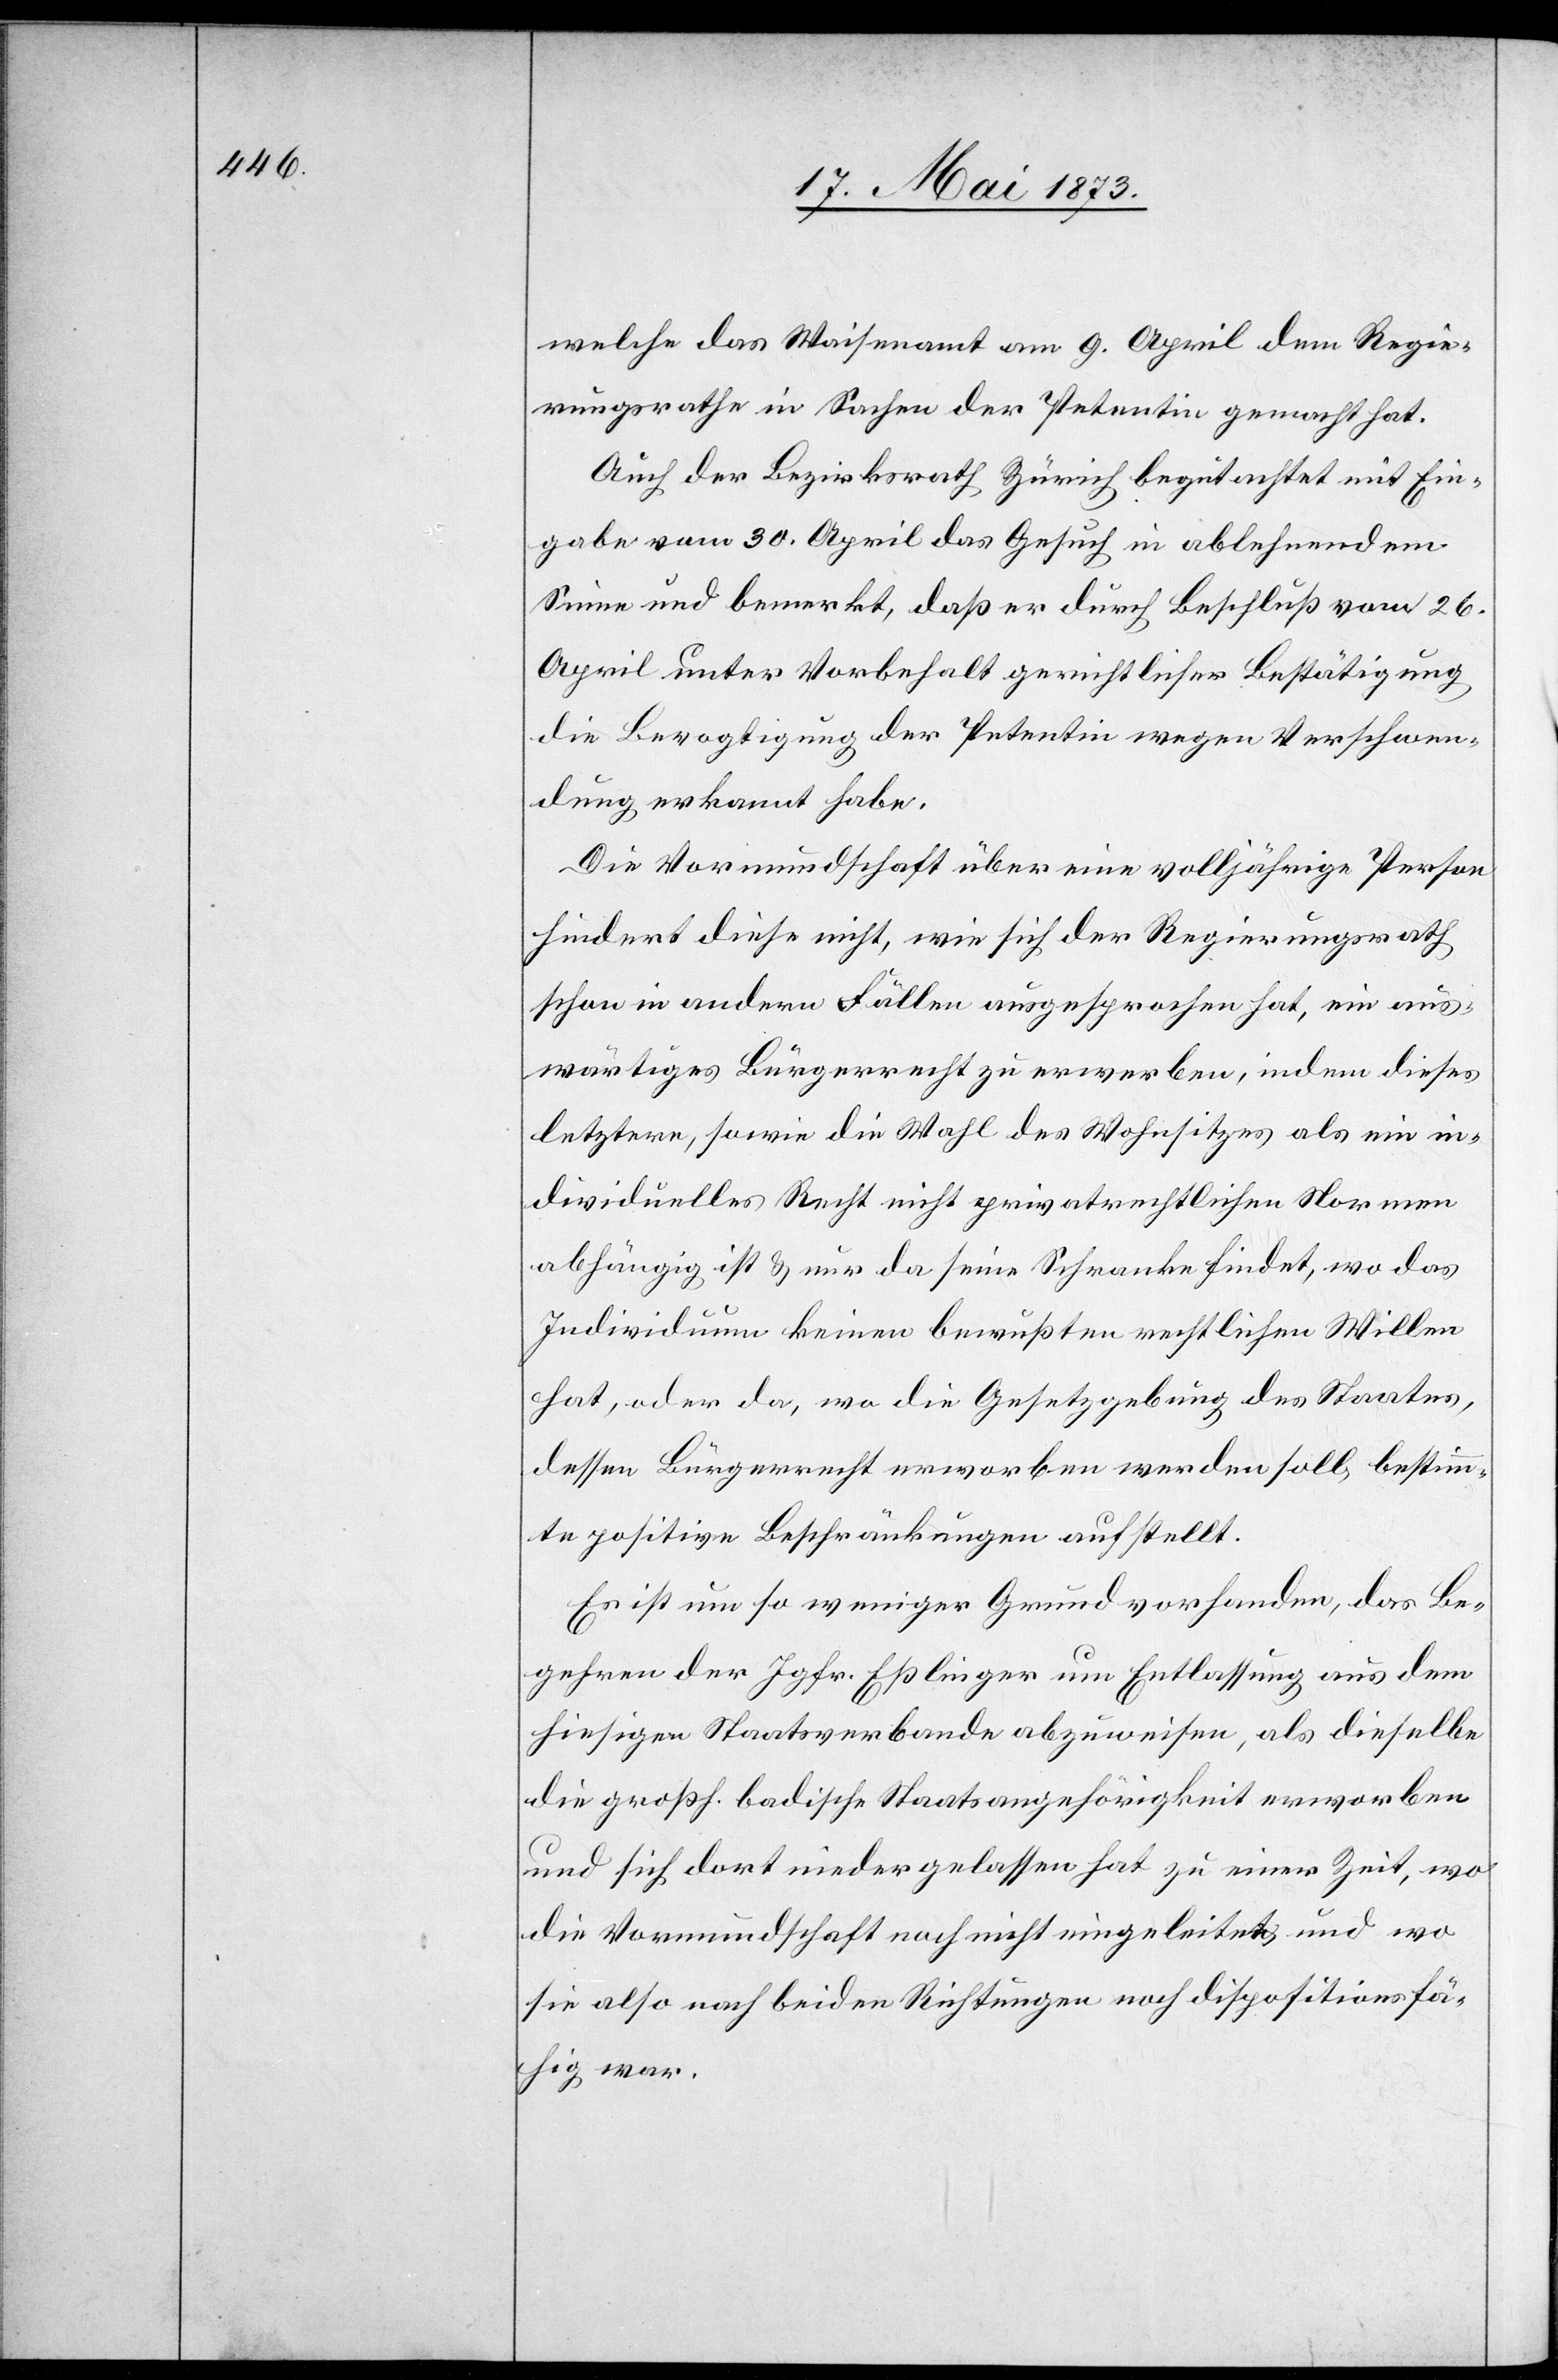
welche das Waisenamt am 9. April dem Regie¬
rungsrathe in Sachen der Petentin gemacht hat.
Auch der Bezirksrath Zürich begutachtet mit Ein¬
gabe vom 30. April das Gesuch in ablehnendem
Sinne und bemerkt, daß er durch Beschluß vom 26.
April unter Vorbehalt gerichtlicher Bestätigung
die Bevogtigung der Petentin wegen Verschwen¬
dung erkannt habe.
Die Vormundschaft über eine volljährige Person
hindert diese nicht, wie sich der Regierungsrath
schon in andern Fällen ausgesprochen hat, ein aus¬
wärtiges Bürgerrecht zu erwerben, indem dieses
letztere, sowie die Wahl des Wohnsitzes als ein in¬
dividuelles Recht nicht privatrechtlichen Normen
abhängig ist & nur da seine Schranke findet, wo das
Individuum keinen bewußten rechtlichen Willen
hat, oder da, wo die Gesetzgebung des Staates,
dessen Bürgerrecht erworben werden soll, bestimm¬
te positive Beschränkungen aufstellt.
Es ist um so weniger Grund vorhanden, das Be¬
gehren der Jgfr. Eßlinger um Entlassung aus dem
hiesigen Staatsverbande abzuweisen, als dieselbe
die großh. badische Staatsangehörigkeit erworben
und sich dort niedergelassen hat zu einer Zeit, wo
die Vormundschaft noch nicht eingeleitet und wo
sie also nach beiden Richtungen noch dispositionsfä¬
hig war.